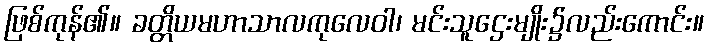
ဖြစ်ကုန်၏။ ခတ္တိယမဟာသာလကုလေဝါ၊ မင်းသူဌေးမျိုး၌လည်းကောင်း။